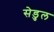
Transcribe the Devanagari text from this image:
सेडुल